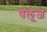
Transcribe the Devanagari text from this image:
पलूज